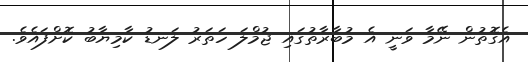
އެގޮތުން ނޭމާ ވަނީ އެ މުބާރާތުގައި ޖުމްލަ ހަތަރު ލަނޑު ކާމިޔާބު ކޮށްފައެވެ.